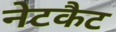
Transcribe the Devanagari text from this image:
नेटकैट